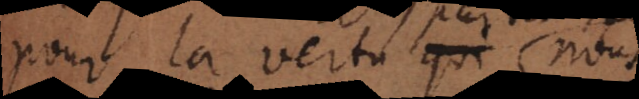
pour la vertu qui nous